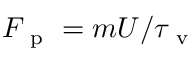
F _ { \mathrm { ~ p ~ } } = m U / \tau _ { \mathrm { ~ v ~ } }